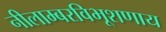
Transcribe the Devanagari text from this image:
नीलाम्बरविभूशणाय